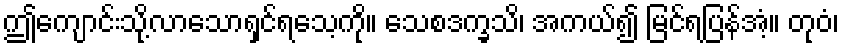
ဤကျောင်းသို့လာသောရှင်ရသေ့ကို။ သေစဒက္ခသိ၊ အကယ်၍ မြင်ရပြန်အံ့။ တုဝံ၊